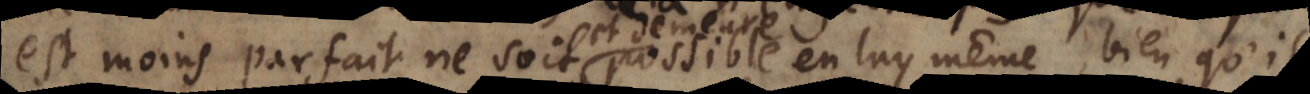
est moins parfait ne soit possible en luy même, bien qu’il